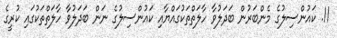
11. ކައުންސިލުގެ މެންބަރުން ބަދަލުވާ ހާލަތްތަކުގައްޔާއި ކައުންސިލުގެ ނަން ބަދަލުވާ ހާލަތްތަކުގައި ކުރީގެ